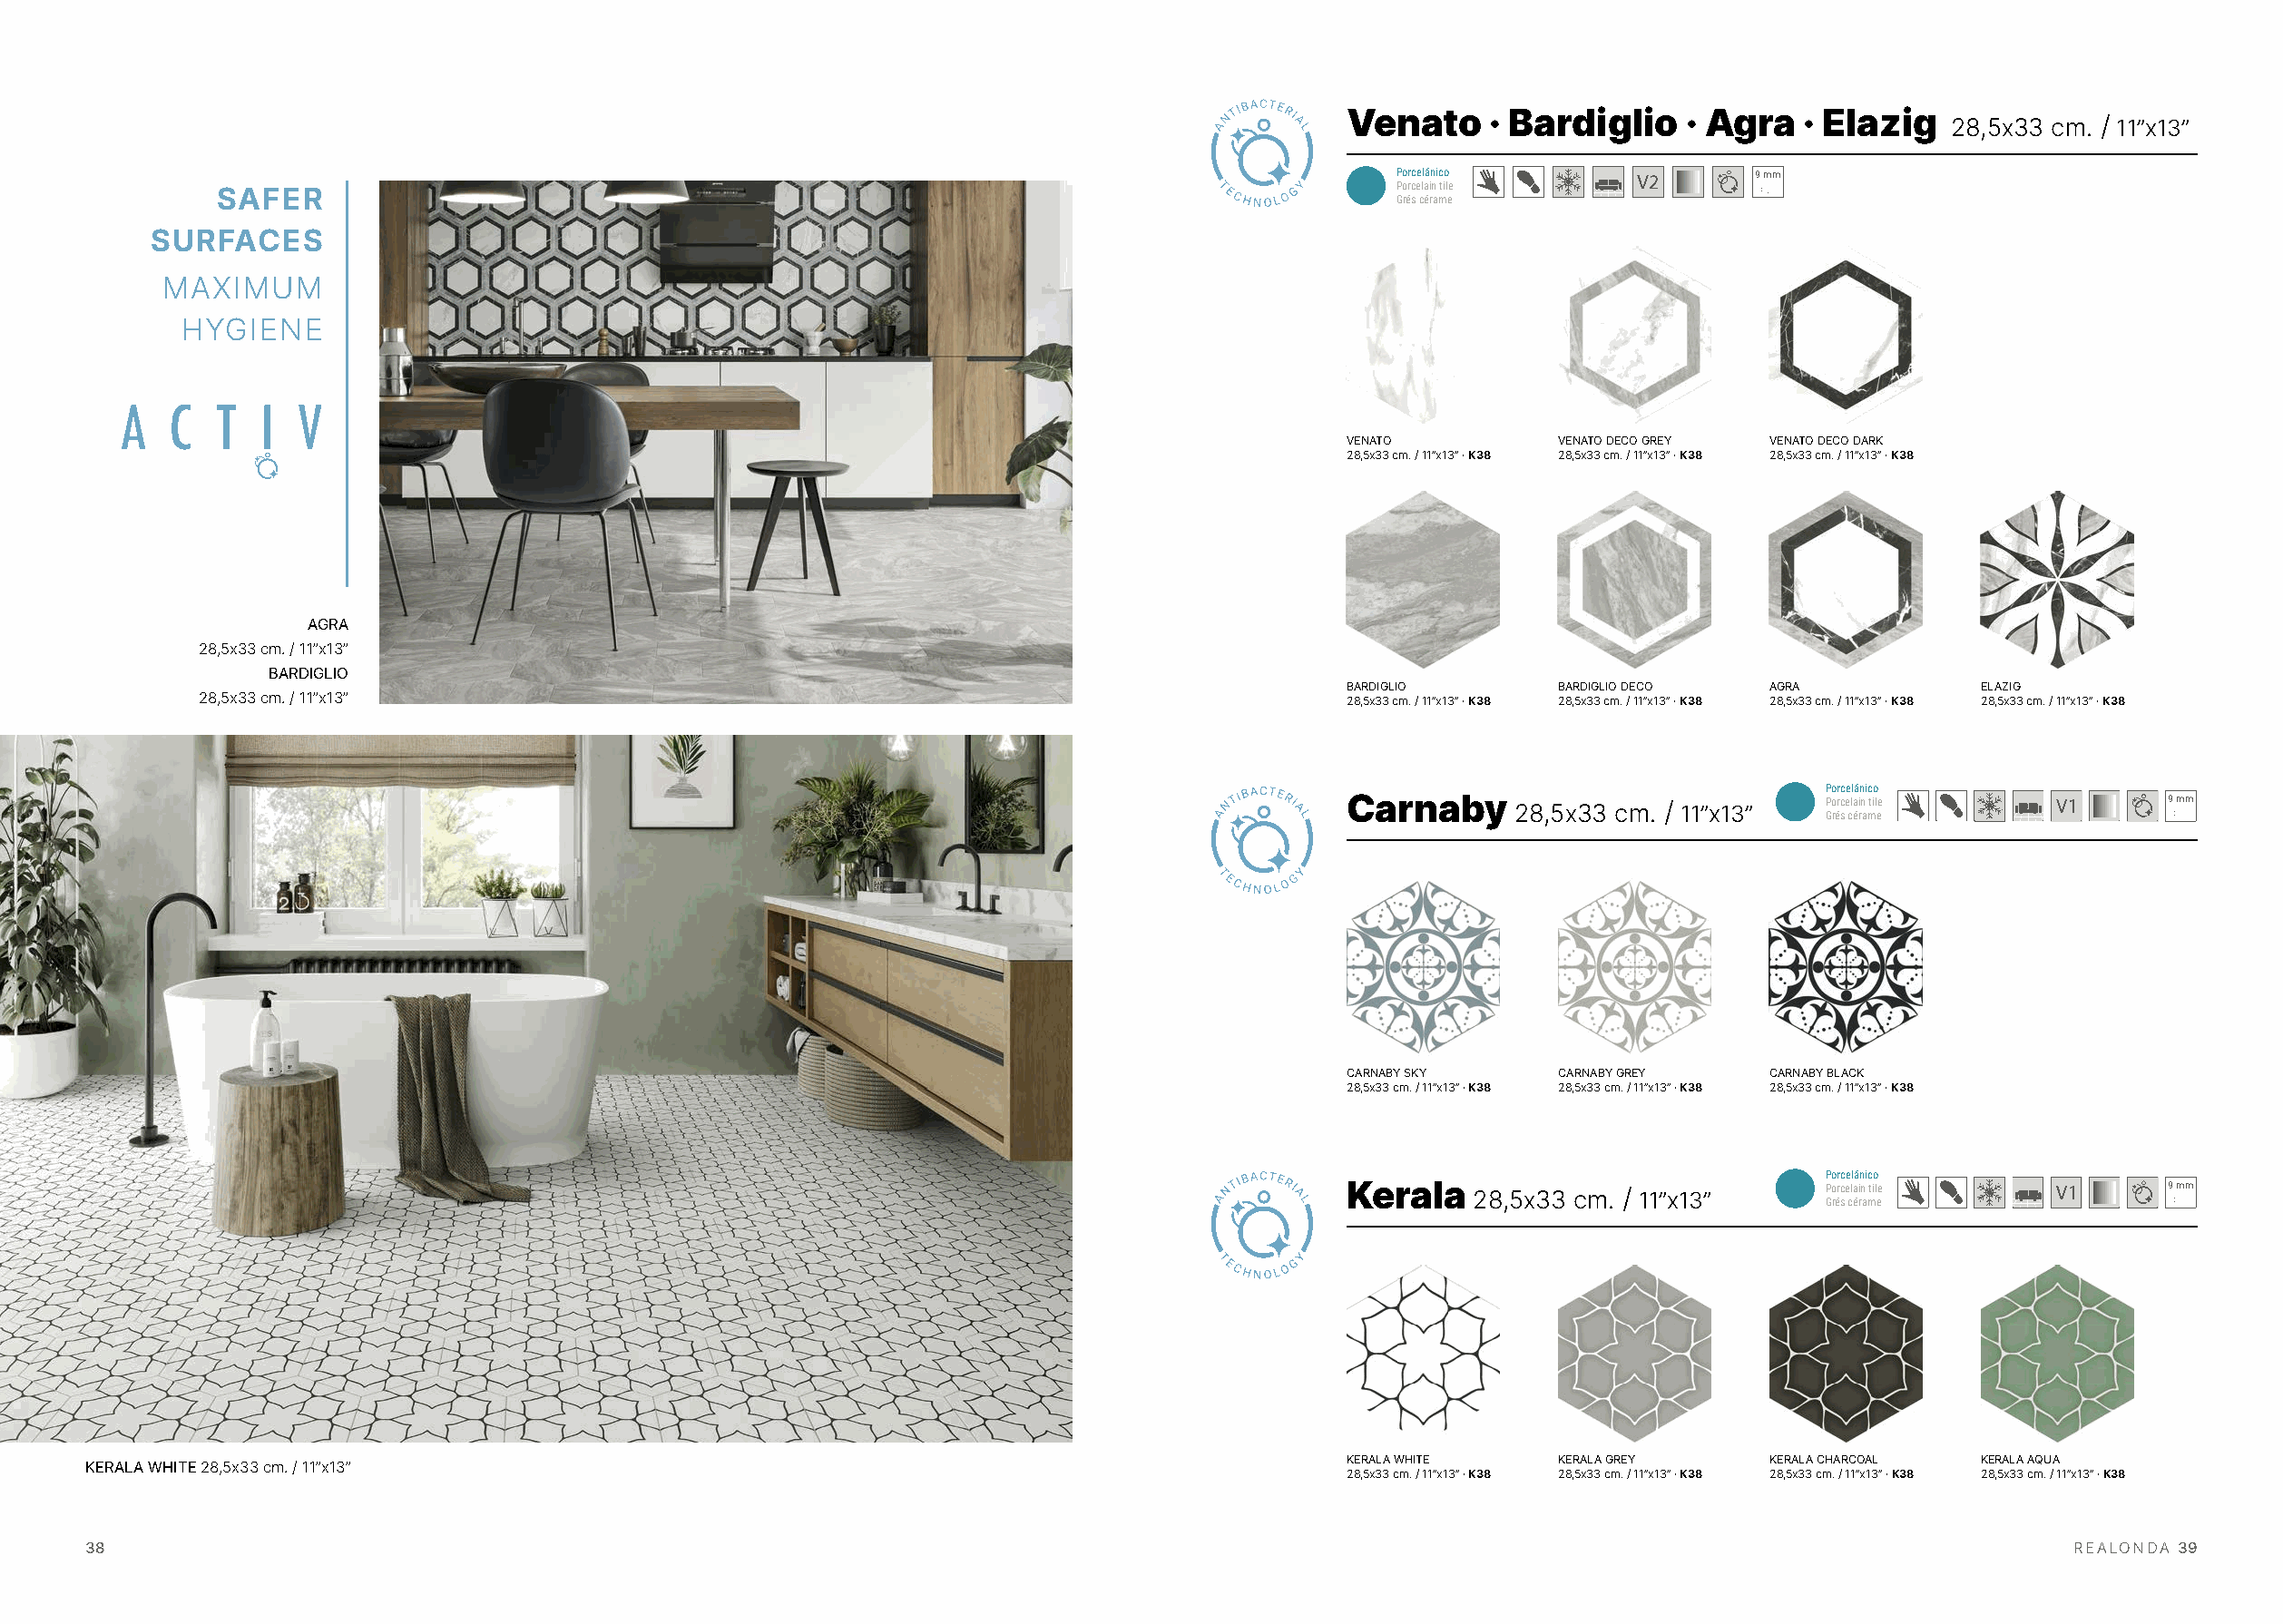
Venato     · Bardiglio   · Agra   · Elazig
 28,5x33 cm. / 11”x13”
 Porcelánico               9 mm
 Porcelain tile
 SAFER
 Grés cérame
 SURFACES
 MAXIMUM
 HYGIENE
 VENATO          VENATO DECO GREY VENATO DECO DARK
 28,5x33 cm. / 11”x13” · K38 28,5x33 cm. / 11”x13” ·K38 28,5x33 cm. / 11”x13” · K38
 AGRA
 28,5x33 cm. / 11”x13”
 BARDIGLIO
 BARDIGLIO       BARDIGLIO DECO AGRA            ELAZIG
 28,5x33 cm. / 11”x13”                                                               28,5x33 cm. / 11”x13” · K38 28,5x33 cm. / 11”x13” ·K38 28,5x33 cm. / 11”x13” · K38 28,5x33 cm. / 11”x13” ·K38
 Porcelánico
 Carnaby     28,5x33 cm. / 11”x13”  P Go rérc se cla éi rn a mtil ee 9 mm
 CARNABY SKY     CARNABY GREY   CARNABY BLACK
 28,5x33 cm. / 11”x13” · K38 28,5x33 cm. / 11”x13” ·K38 28,5x33 cm. / 11”x13” · K38
 Porcelánico
 Kerala   28,5x33 cm. / 11”x13”     P Go rérc se cla éi rn a mtil ee 9 mm
 KERALA WHITE    KERALA GREY    KERALA CHARCOAL KERALA AQUA
 KERALA WHITE 28,5x33 cm. / 11”x13”
 28,5x33 cm. / 11”x13” ·K38 28,5x33 cm. / 11”x13” · K38 28,5x33 cm. / 11”x13” · K38 28,5x33 cm. / 11”x13” ·K38
 38                                                                                                                                               REALONDA 39